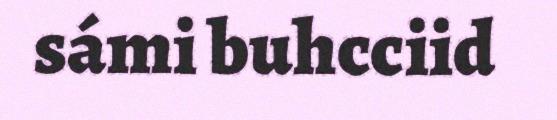
sámi buhcciid